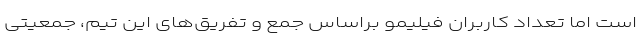
است اما تعداد کاربران فیلیمو براساس جمع و تفریق‌های این تیم، جمعیتی